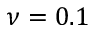
\nu = 0 . 1